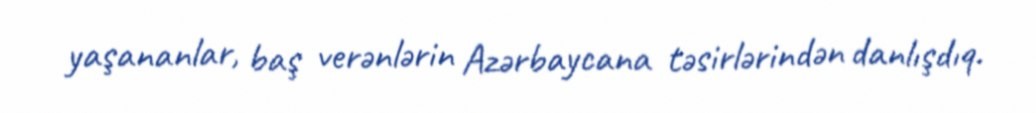
yaşananlar, baş verənlərin Azərbaycana təsirlərindən danlışdıq.